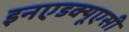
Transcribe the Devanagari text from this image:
इनएडक्यूएसी